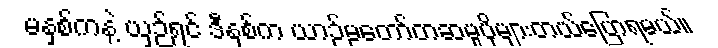
မနှစ်ကနဲ့ ယှဉ်ရင် ဒီနှစ်က ယာဉ်မတော်တဆမှုပိုများတယ်ပြောရမယ်။